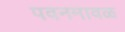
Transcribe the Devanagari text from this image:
पवनमावळ